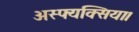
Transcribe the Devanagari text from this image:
अस्फ्यक्सिया।